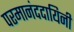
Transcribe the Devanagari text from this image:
परमानंददायिनी